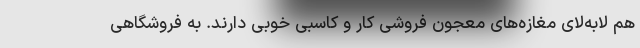
هم لابه‌لای مغازه‌های معجون فروشی کار و کاسبی خوبی دارند. به فروشگاهی